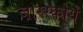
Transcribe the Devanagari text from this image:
जारस्कोये